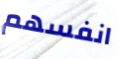
انفسهم